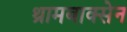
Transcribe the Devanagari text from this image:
थ्रामबाक्सेन